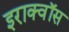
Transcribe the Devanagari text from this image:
इराक्वॉस